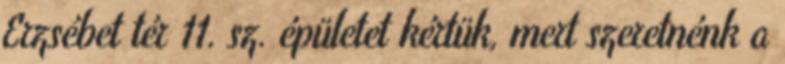
Erzsébet tér 11. sz. épületet kértük, mert szeretnénk a